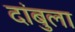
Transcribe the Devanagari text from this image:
दांबुला